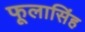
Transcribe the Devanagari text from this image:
फूलासिंह